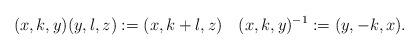
LaTeX: \begin{align*} (x,k,y)(y,l,z) := (x, k+l, z) \quad(x,k,y)^{-1} := (y,-k,x).\end{align*}